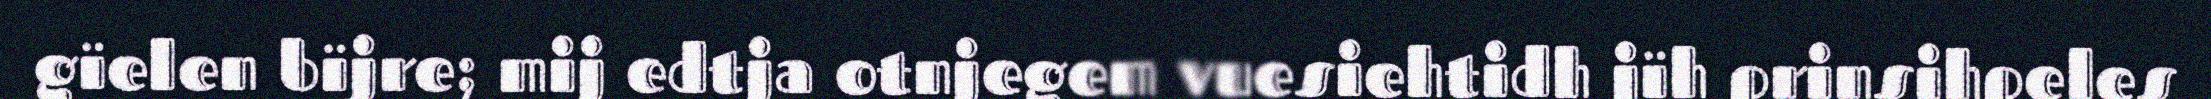
gïelen bïjre; mij edtja otnjegem vuesiehtidh jïh prinsihpeles